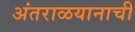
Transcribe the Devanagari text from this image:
अंतराळयानाची